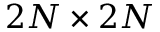
2 N \times 2 N